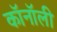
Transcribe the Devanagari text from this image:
कॉनॉली